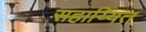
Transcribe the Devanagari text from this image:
सहाय्यित